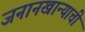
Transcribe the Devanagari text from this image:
जनानखान्याची